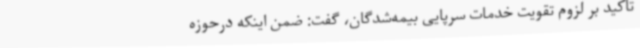
تاکید بر لزوم تقویت خدمات سرپایی بیمه‌شدگان، گفت: ضمن اینکه درحوزه